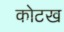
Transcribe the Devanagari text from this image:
कोटख